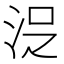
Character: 𱦍